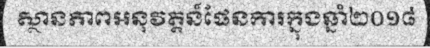
ស្ថានភាពអនុវត្តន៍ផែនការក្នុងឆ្នាំ២០១៨